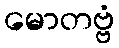
မောတဗ္ဗံ